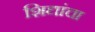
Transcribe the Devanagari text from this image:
शिद्यांचा